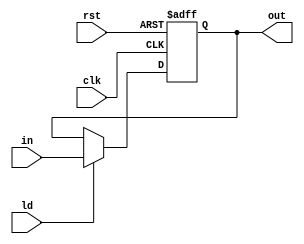
module my_2bit_reg( in, clk, ld, rst, out);
	input clk, rst, ld;
	input [1:0] in;
	output [1:0] out;
	reg [1:0] out;
always @(posedge clk, posedge rst)
	if(rst)
		out = 2'b00;
	else if(ld)
		out = in;
endmodule